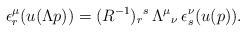
LaTeX: \begin{align*}\epsilon^{\mu}_r(u(\Lambda p))=(R^{-1})_r{}^s\, \Lambda^{\mu}{}_{\nu}\,\epsilon^{\nu}_s(u(p)).\end{align*}